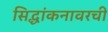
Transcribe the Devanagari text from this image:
सिद्धांकनावरची